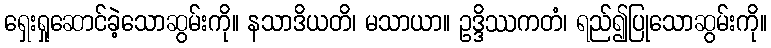
ရှေးရှုဆောင်ခဲ့သောဆွမ်းကို။ နသာဒိယတိ၊ မသာယာ။ ဥဒ္ဒိဿကတံ၊ ရည်၍ပြုသောဆွမ်းကို။